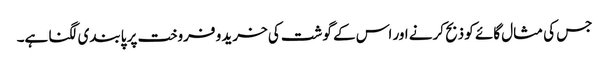
جس کی مثال گائے کو ذبح کرنے اور اس کے گوشت کی خرید و فروخت پر پابندی لگنا ہے۔